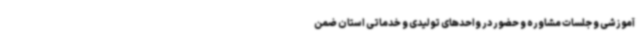
آموزشی و جلسات مشاوره و حضور در واحدهای تولیدی و خدماتی استان ضمن